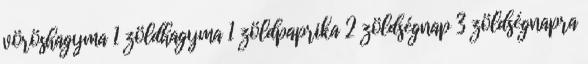
vöröshagyma 1 zöldhagyma 1 zöldpaprika 2 zöldségnap 3 zöldségnapra